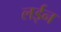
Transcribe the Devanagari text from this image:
लईन